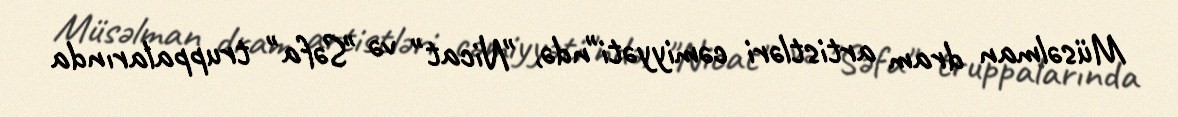
Müsəlman dram artistləri cəmiyyəti"ndə, "Nicat" və "Səfa" truppalarında